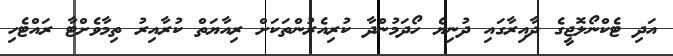
އަދި ޓެކްނޯލޮޖީގެ ދާއިރާގައި ދުނިޔެ ހޯދަމުންދާ ކުރިއެރުންތަކަށް ރިއާޔަތް ކުރާއިރު ތިމާވެށްޓާ ރައްޓެހި